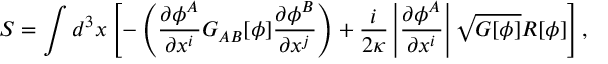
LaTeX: S = \int d ^ { 3 } x \left[ - \left( \frac { \partial \phi ^ { A } } { \partial x ^ { i } } G _ { A B } [ \phi ] \frac { \partial \phi ^ { B } } { \partial x ^ { j } } \right) + \frac { i } { 2 \kappa } \left| \frac { \partial \phi ^ { A } } { \partial x ^ { i } } \right| \sqrt { G [ \phi ] } R [ \phi ] \right] ,